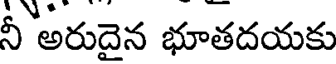
నీ అరుదైన భూతదయకు